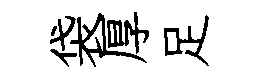
袋厚足